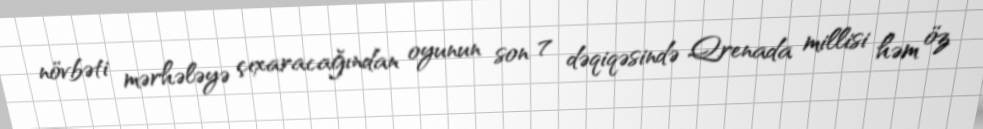
növbəti mərhələyə çıxaracağından oyunun son 7 dəqiqəsində Qrenada millisi həm öz